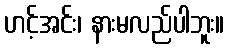
ဟင့်အင်း၊ နားမလည်ပါဘူး။